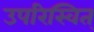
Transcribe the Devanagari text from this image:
उपरिस्वित्